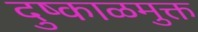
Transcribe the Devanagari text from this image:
दुष्काळमुक्त